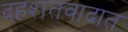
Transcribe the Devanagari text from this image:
दहशतवादात